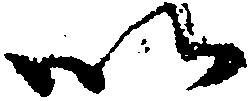
以